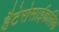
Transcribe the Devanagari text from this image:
हैटेरोसाईकलिक